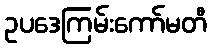
ဥပဒေကြမ်းကော်မတီ